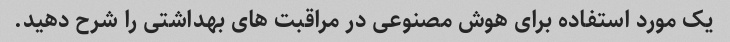
یک مورد استفاده برای هوش مصنوعی در مراقبت های بهداشتی را شرح دهید.